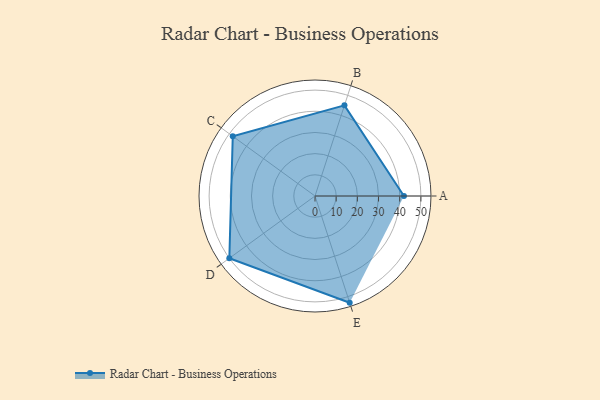
{"axis": {"x": "Skill", "y": "Score"}, "legend": ["Profile"], "data": [{"x": "A", "y": 42.0, "type": "Profile"}, {"x": "B", "y": 45.0, "type": "Profile"}, {"x": "C", "y": 48.0, "type": "Profile"}, {"x": "D", "y": 50.0, "type": "Profile"}, {"x": "E", "y": 53.0, "type": "Profile"}]}